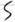
Text: S